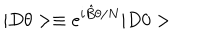
LaTeX: | D \theta > \equiv e ^ { i \hat { B } \theta / N } | D 0 >